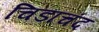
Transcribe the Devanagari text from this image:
चिडाचंद